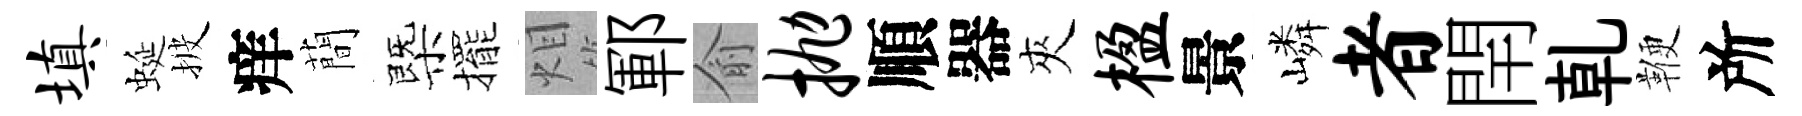
填蜒披痒蕳㮣擺𤇆鄆俞抛順器夾楹景嶙者閈乹鞭所